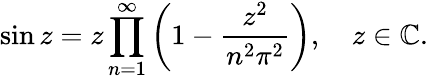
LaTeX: \sin z=z\displaystyle\prod_{n=1}^{\infty}\left(1-{\frac{z^{2}}{n^{2}\pi^{2}}}\right),\quad z\in\mathbb{C}.